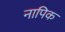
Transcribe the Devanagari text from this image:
नापिक